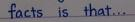
facts is that...